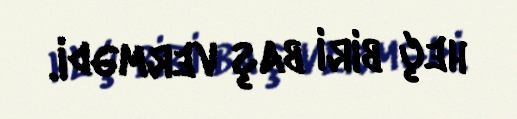
heç biri baş vermədi.